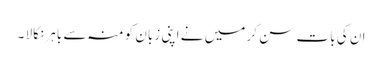
ان کی بات سن کر میں نے اپنی زبان کو منہ سے باہر نکالا ۔